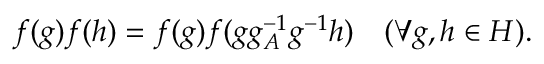
f ( g ) f ( h ) = f ( g ) f ( g g _ { A } ^ { - 1 } g ^ { - 1 } h ) ~ ~ ~ ( \forall g , h \in H ) .